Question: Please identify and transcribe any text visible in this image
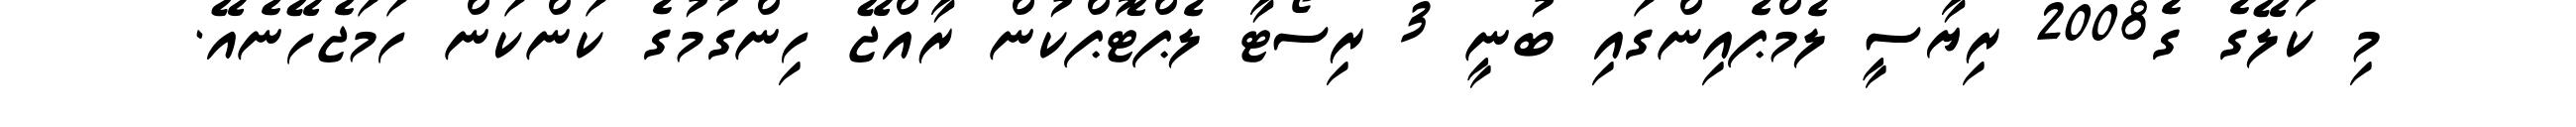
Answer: މި ކަލޭގެ ގެ2008 ރިޔާސީ ލެމްޕެއިންގައި ބުނީ 3 ރިސޯޓާ ލެޕްޓޮޕްކުން ރާއްޖޭ ހިންގުމުގެ ކަންކަން ހަމަޖެހޭނެއޭ.